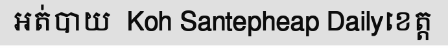
អត់បាយ  Koh Santepheap Dailyខេត្ត